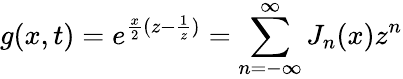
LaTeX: g(x,t)=e^{\frac{x}{2}(z-\frac{1}{z})}=\sum_{n=-\infty}^{\infty}J_{n}(x)z^{n}